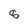
Character: 8